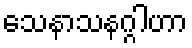
သေနာသနဂ္ဂါဟာ